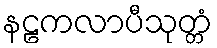
နဠကလာပီသုတ္တံ